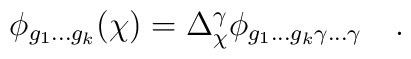
\phi_{g_1 ... g_k}(\chi) = \Delta_{\chi}^{\gamma} \phi_{g_1 ... g_k \gamma ... \gamma} \quad .